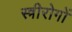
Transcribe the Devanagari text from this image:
स्त्रीरोगों